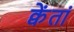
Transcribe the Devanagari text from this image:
क्वेंतां